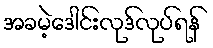
အခမဲ့ဒေါင်းလုဒ်လုပ်ရန်